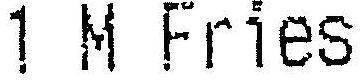
1 M FRIES